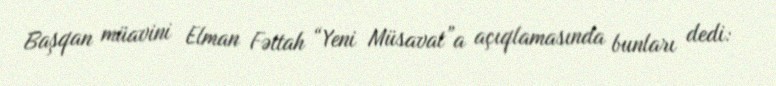
Başqan müavini Elman Fəttah “Yeni Müsavat”a açıqlamasında bunları dedi: